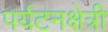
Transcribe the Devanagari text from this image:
पर्यटनक्षेत्री